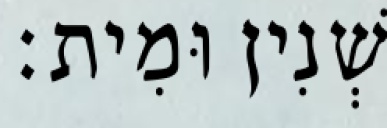
שְׁנִין וּמִית׃